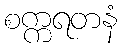
စက္ကရတနံ